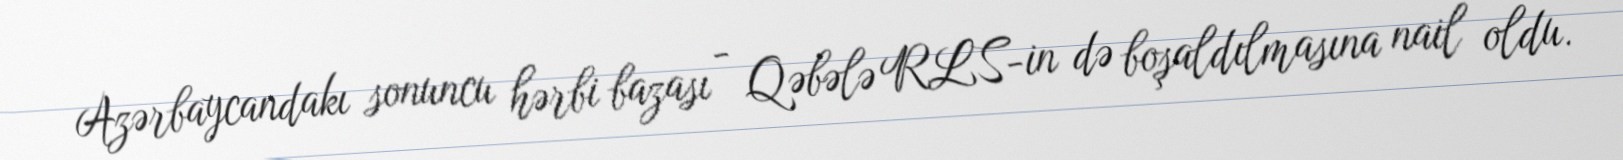
Azərbaycandakı sonuncu hərbi bazası - Qəbələ RLS-in də boşaldılmasına nail oldu.